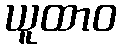
ယူထာဝ